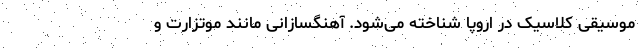
موسیقی کلاسیک در اروپا شناخته می‌شود. آهنگسازانی مانند موتزارت و